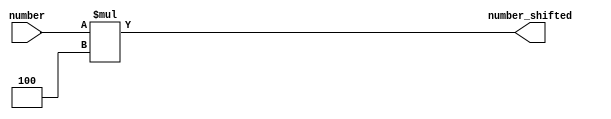
module ShiftLeft26
(
	input wire [25:0]number,
	output reg [27:0]number_shifted
);

	always @(*)
		begin
			number_shifted <= number * 26'd4;
		end

endmodule